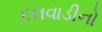
દલવાડીનો